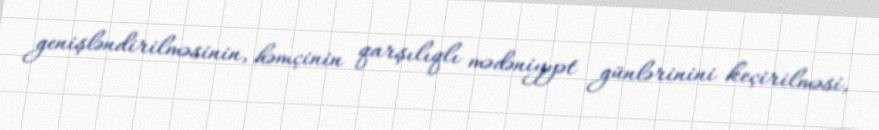
genişləndirilməsinin, həmçinin qarşılıqlı mədəniyyət günlərinini keçirilməsi,